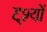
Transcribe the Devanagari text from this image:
दृ्श्यों